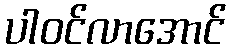
ပါဝင်လာအောင်